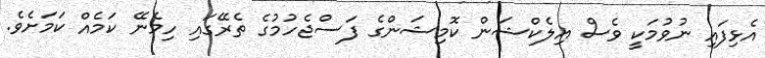
އެޅިފައި ނުވުމަކީ ވެސް އިލެކްޝަން ކޮމިޝަންގެ ފަސްޖެހުމުގެ ތެރޭގައި ހިމެނޭ ކަމެއް ކަމަށެވެ.